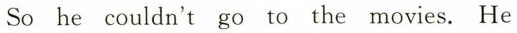
So he couldn't go to the movies.He